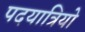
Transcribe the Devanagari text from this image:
पदयात्रियो